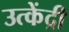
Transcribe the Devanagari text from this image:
उत्केंद्री